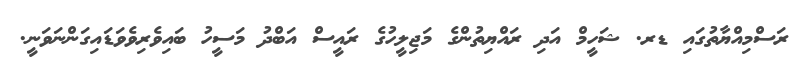
ރަސްމިއްޔާތުގައި ޑރ. ޝަހީމް އަދި ރައްޔިތުންގެ މަޖިލީހުގެ ރައީސް އަބްދު މަސީހު ބައިވެރިވެވަޑައިގަންނަވަނީ.